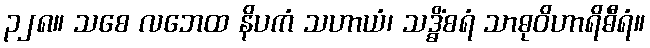
၃၂၈။ သစေ လဘေထ နိပကံ သဟာယံ၊ သဒ္ဓိံစရံ သာဓုဝိဟာရိဓီရံ။